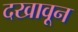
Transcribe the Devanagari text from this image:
दखावून